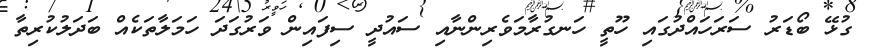
ގުޅޭ ބޯޑަރު ސަރަހައްދުގައި ހޫތީ ހަނގުރާމަވެރިންނާއި ސައުދީ ސިފައިން ވަރުގަދަ ހަމަލާތަކެއް ބަދަލުކުރިތާ